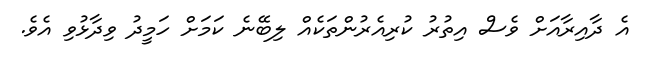
އެ ދާއިރާއަށް ވެސް އިތުރު ކުރިއެރުންތަކެއް ލިބޭނެ ކަމަށް ހަމީދު ވިދާޅުވި އެވެ.